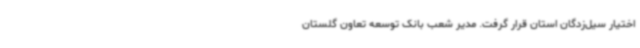
اختیار سیل‌زدگان استان قرار گرفت. مدیر شعب بانک توسعه تعاون گلستان